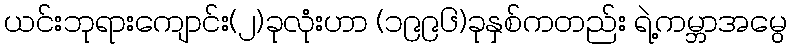
ယင်းဘုရားကျောင်း(၂)ခုလုံးဟာ (၁၉၉၆)ခုနှစ်ကတည်း ရဲ့ကမ္ဘာအမွေ